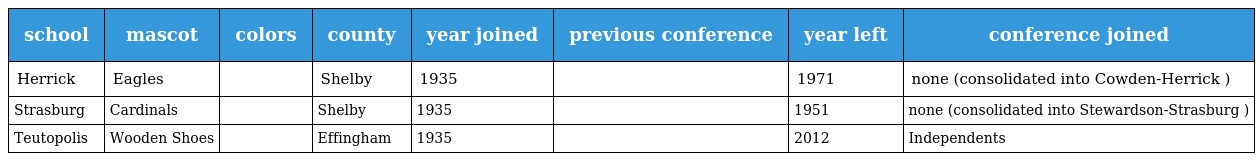
| school | mascot | colors | county | year joined | previous conference | year left | conference joined |
 | --- | --- | --- | --- | --- | --- | --- | --- |
 | Herrick | Eagles |  | Shelby | 1935 |  | 1971 | none (consolidated into Cowden-Herrick ) |
 | Strasburg | Cardinals |  | Shelby | 1935 |  | 1951 | none (consolidated into Stewardson-Strasburg ) |
 | Teutopolis | Wooden Shoes |  | Effingham | 1935 |  | 2012 | Independents |